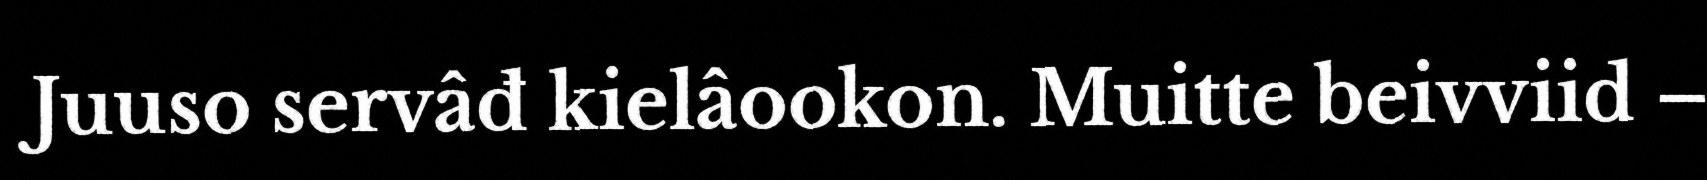
Juuso servâđ kielâookon. Muitte beivviid –